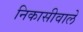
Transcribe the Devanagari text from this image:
निकासीवाले